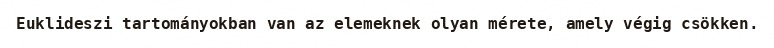
Euklideszi tartományokban van az elemeknek olyan mérete, amely végig csökken.